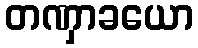
တဏှာခယော